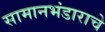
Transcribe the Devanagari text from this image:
सामानभंडाराचे